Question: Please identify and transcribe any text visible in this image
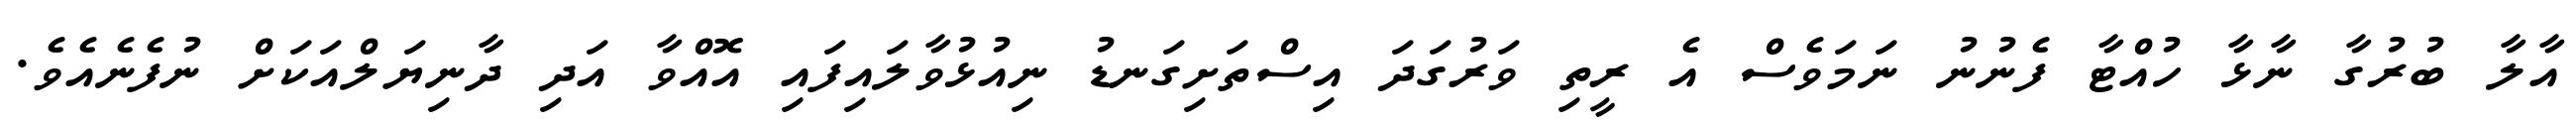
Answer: އާލާ ބުރުގާ ނާޅާ ހުއްޓާ ފެނުނު ނަމަވެސް އެ ރީތި ވަރުގަދަ އިސްތަށިގަނޑު ނިއުޅުވާލައިފައި އޮއްވާ އަދި ދާނިޔަލްއަކަށް ނުފެނެއެވެ.